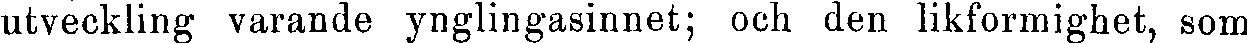
utveckling varande ynglingasinnet; och den likformighet, som